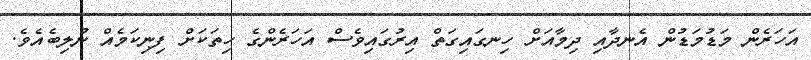
އަހަރެން މަޑުމަޑުން އެނދާއި ދިމާއަށް ހިނގައިގަތް އިރުގައިވެސް އަހަރެންގެ ހިތަކަށް ފިނިކަމެއް ނުލިބެއެވެ.